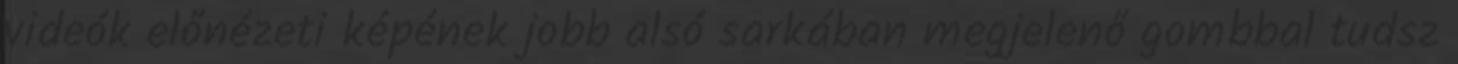
videók előnézeti képének jobb alsó sarkában megjelenő gombbal tudsz